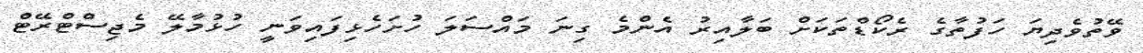
ވޭތުވެދިޔަ ހަފުތާގެ ރެކޯޑްތަކަށް ބަލާއިރު އެންމެ ގިނަ މައްސަލަ ހުށަހެޅިފައިވަނީ ހުޅުމާލޭ މެޖިސްޓްރޭޓް